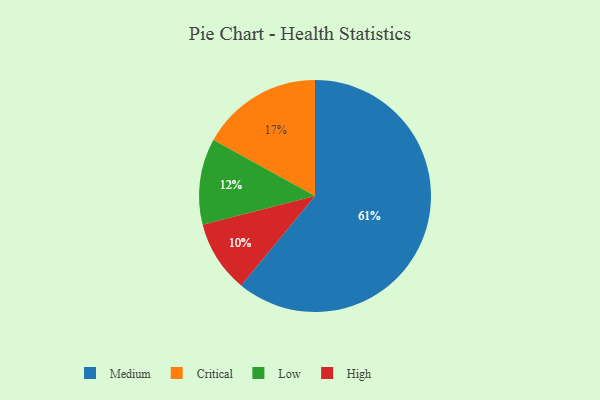
{"axis": {"x": "Category", "y": "Percentage"}, "legend": ["Critical", "High", "Low", "Medium"], "data": [{"x": "Critical", "y": 17, "type": "Critical"}, {"x": "Medium", "y": 61, "type": "Medium"}, {"x": "High", "y": 10, "type": "High"}, {"x": "Low", "y": 12, "type": "Low"}]}